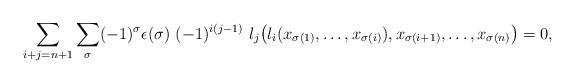
LaTeX: \begin{align*}\sum_{i+j = n+1}^{} \sum_{\sigma}^{} (-1)^\sigma \epsilon (\sigma) ~ (-1)^{i (j-1)} ~ l_j \big( l_i (x_{\sigma (1)}, \ldots, x_{\sigma (i)}), x_{\sigma (i+1)}, \ldots, x_{\sigma (n)} \big) = 0,\end{align*}